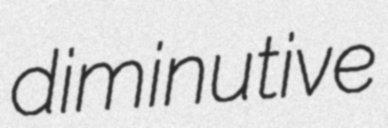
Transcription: diminutive